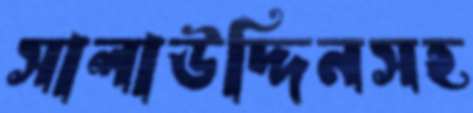
সালাউদ্দিনসহ